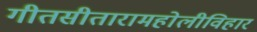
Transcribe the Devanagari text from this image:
गीतसीतारामहोलीविहार